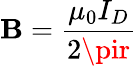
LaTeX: \mathbf{B}={\frac{{\mu_{0}I_{D}}}{{2\pir}}}